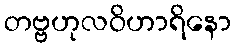
တဗ္ဗဟုလဝိဟာရိနော